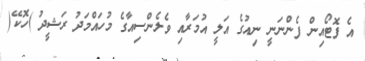
އެ ފޮޓޯއިން ފެންނަނީ ނިއުގެ އަލީ އުމަރާއި ވެލެންސިއާގެ މުހައްމަދު ރަޝީދު )ހޮކޭ(